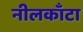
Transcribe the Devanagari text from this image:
नीलकाँटा